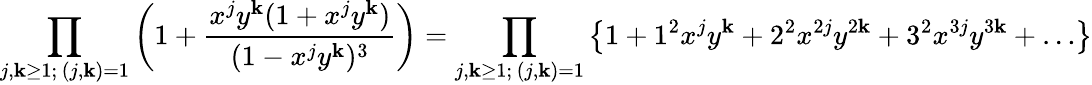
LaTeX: \prod_{\substack{j,\mathbf{k}\geq1;\, (j,\mathbf{k})=1}}\left(1+\frac{{x^{j}y^{\mathbf{k}}(1+x^{j}y^{\mathbf{k}})}}{{(1-x^{j}y^{\mathbf{k}})^{3}}}\right)=\prod_{\substack{j,\mathbf{k}\geq1;\, (j,\mathbf{k})=1}}\left\{ 1+1^{2}x^{j}y^{\mathbf{k}}+2^{2}x^{2j}y^{2\mathbf{k}}+3^{2}x^{3j}y^{3\mathbf{k}}+\ldots\right\}